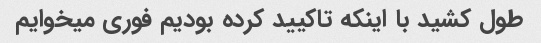
طول کشید با اینکه تاکیید کرده بودیم فوری میخوایم